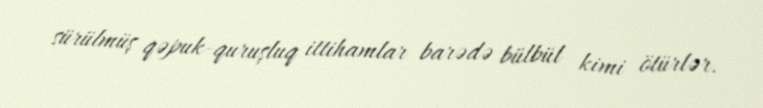
sürülmüş qəpuk-quruşluq ittihamlar barədə bülbül kimi ötürlər.